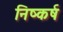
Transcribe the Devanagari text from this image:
निष्कर्ष